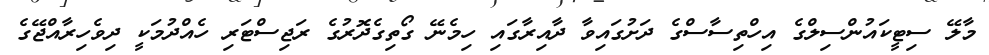
މާލޭ ސިޓީކައުންސިލްގެ އިހްތިސާސްގެ ދަށުގައިވާ ދާއިރާގައި ހިމެނޭ ގޯތިގެދޮރުގެ ރަޖިސްޓަރި ހެއްދުމަކީ ދިވެހިރާއްޖޭގެ